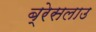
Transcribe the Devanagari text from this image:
ब्रेसलाउ